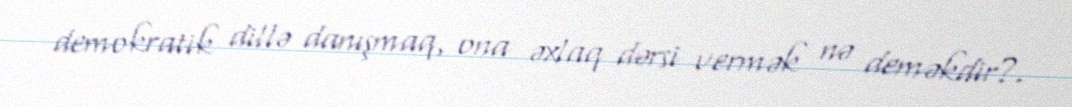
demokratik dillə danışmaq, ona əxlaq dərsi vermək nə deməkdir?.